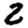
Digit: 2